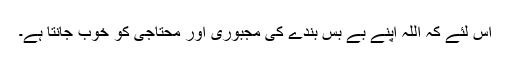
اس لئے کہ اللہ اپنے بے بس بندے کی مجبوری اور محتاجی کو خوب جانتا ہے۔